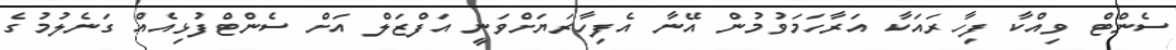
ސެންޓް ވިއްކާ ފިހާރައަކާ އަރާހަމަވުމުން އޭނާ އެފިހާރަޔަށްވަނީ އަފްޒަލް އަށް ސެންޓްފުޅިއެއް ގަނެލުމުގެ